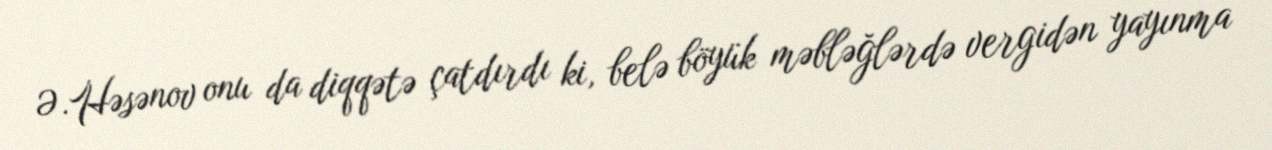
Ə.Həsənov onu da diqqətə çatdırdı ki, belə böyük məbləğlərdə vergidən yayınma